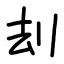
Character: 刦